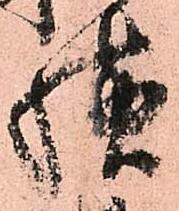
様